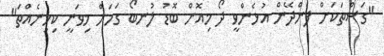
"ގަސްތަކަށް ފެންދޭން އުޅެންވީ ދޯ މިއޮށް ބޮޑު ލުނބޯ ގަހަށް މިވަނީ ކިހިނެއްތަ"